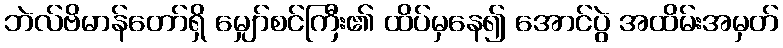
ဘဲလ်ဗိမာန်တော်ရှိ မျှော်စင်ကြီး၏ ထိပ်မှနေ၍ အောင်ပွဲ အထိမ်းအမှတ်